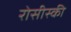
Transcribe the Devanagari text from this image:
रोसीस्की